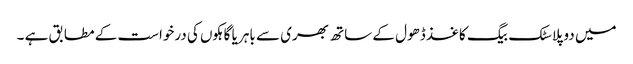
میں دو پلاسٹک بیگ کاغذ ڈھول کے ساتھ بھری سے باہر یا گاہکوں کی درخواست کے مطابق ہے ۔